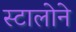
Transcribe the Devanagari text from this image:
स्टालोने